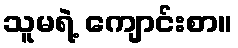
သူမရဲ့ ကျောင်းစာ။